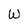
Character: W